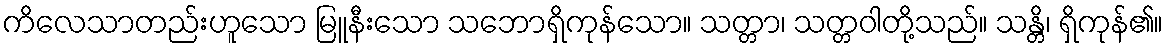
ကိလေသာတည်းဟူသော မြူနီးသော သဘောရှိကုန်သော။ သတ္တာ၊ သတ္တဝါတို့သည်။ သန္တိ၊ ရှိကုန်၏။